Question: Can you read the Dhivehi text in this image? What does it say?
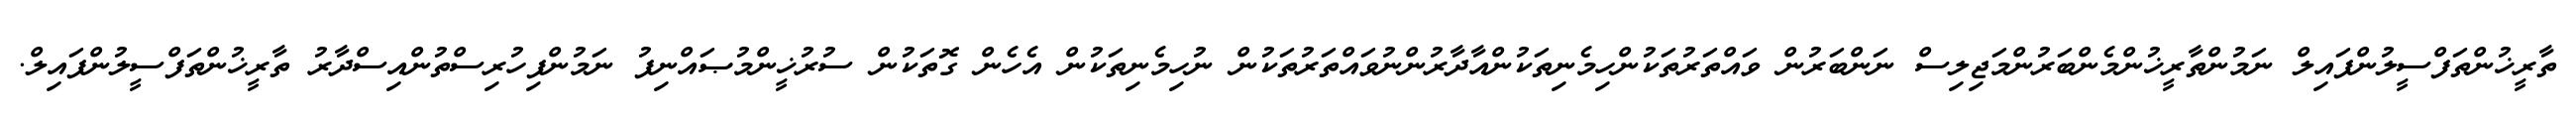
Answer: ތާރީޚުންތަފްސީލުންފައިލް ނަމުންތާރީޚުންމެންބަރުންމަޖިލިސް ނަންބަރުން ވައްތަރުތަކުންހިމެނިތަކުންއާދާރުންނުވައްތަރުތަކުން ނުހިމެނިތަކުން އެހެން ގޮތަކުން ސުރުޚީންމުޞައްނިފު ނަމުންފިހުރިސްތުންއިސްދާރު ތާރީޚުންތަފްސީލުންފައިލް.